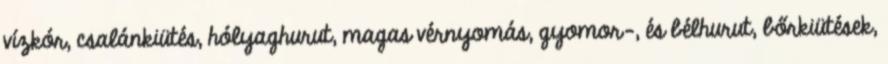
vízkór, csalánkiütés, hólyaghurut, magas vérnyomás, gyomor-, és bélhurut, bőrkiütések,